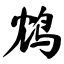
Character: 鸩